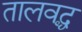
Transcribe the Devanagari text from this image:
तालवद्ध